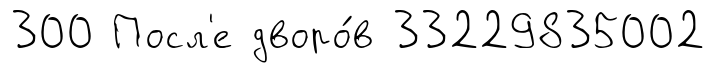
300 Посл'е дворо́в 33229835002